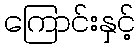
ကြောင်းနှင့်